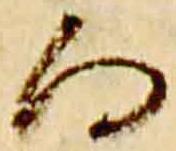
向